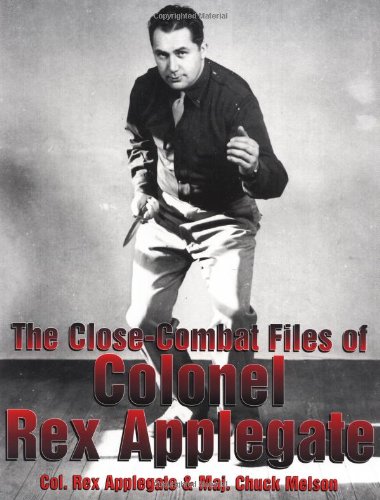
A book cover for The Close-Combat Files of Colonel Rex Applegate; Rex Applegate; History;